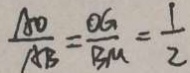
\frac { A O } { A B } = \frac { O G } { B M } = \frac { 1 } { 2 }